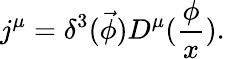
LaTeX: j^{\mu}=\delta^{3}(\vec{\phi})D^{\mu}(\frac\phi x).